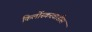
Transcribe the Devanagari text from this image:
किर्लोस्करवाडीस